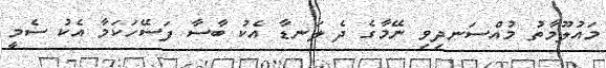
މައުލޫމާތު މުއްސަނދިވި ނޭމާގެ ދެ ލަނޑާ އެކު ބާސާ ފަސޭހަކަމާ އެކު ސެމީ